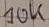
Text: 10K